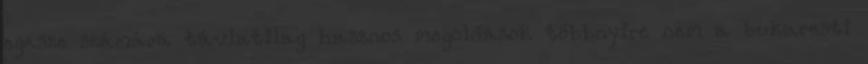
egésze számára távlatilag hasznos megoldások többnyire nem a bukaresti